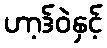
ဟာ့ဒ်ဝဲနှင့်